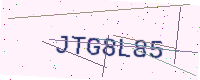
Text: JTG8L85